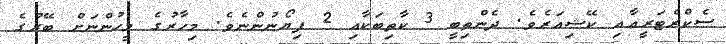
ސެކްރެޓަރީއާއި ކޭޝިއަރެވެ. ދެންތިބީ 3 ކާތިބަކާއި 2 ޕިޔޯނުންނެވެ. މިހާރުގެ މީހުންނަށް ބޭރުގެ